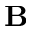
{ \bf B }